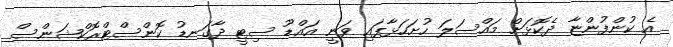
އެ ކުންފުންޏާ ދެކޮޅަށް މައްސަލަ ހުށަހަޅާފައި ވަނީ އައްޑޫ ސިޓީ ދާގަނޑު ކޮންސްޓްރޮކްޝަންސް